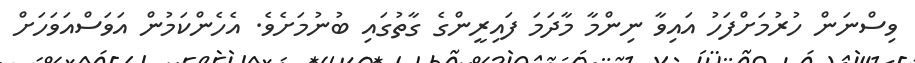
ވިސްނަން ހުރުމަށްފަހު އައިވާ ނިންމާ މާދަމަ ފައިރީންގެ ގާތުގައި ބުނުމަށެވެ. އެހެންކަމުން އަވަސްއަވަހަށް